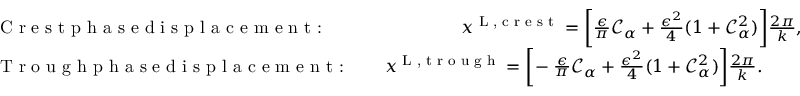
\begin{array} { r l } & { \textrm { C r e s t p h a s e d i s p l a c e m e n t : \, \, \, \, \, \, \, \, \, \, \, \, } x ^ { \textnormal { L , c r e s t } } = \bigg [ \frac { \epsilon } { \pi } \mathcal { C } _ { \alpha } + \frac { \epsilon ^ { 2 } } { 4 } ( 1 + \mathcal { C } _ { \alpha } ^ { 2 } ) \bigg ] \frac { 2 \pi } { k } , } \\ & { \textrm { T r o u g h p h a s e d i s p l a c e m e n t : \, \, \, } x ^ { \textnormal { L , t r o u g h } } = \bigg [ \! - \frac { \epsilon } { \pi } \mathcal { C } _ { \alpha } + \frac { \epsilon ^ { 2 } } { 4 } ( 1 + \mathcal { C } _ { \alpha } ^ { 2 } ) \bigg ] \frac { 2 \pi } { k } . } \end{array}